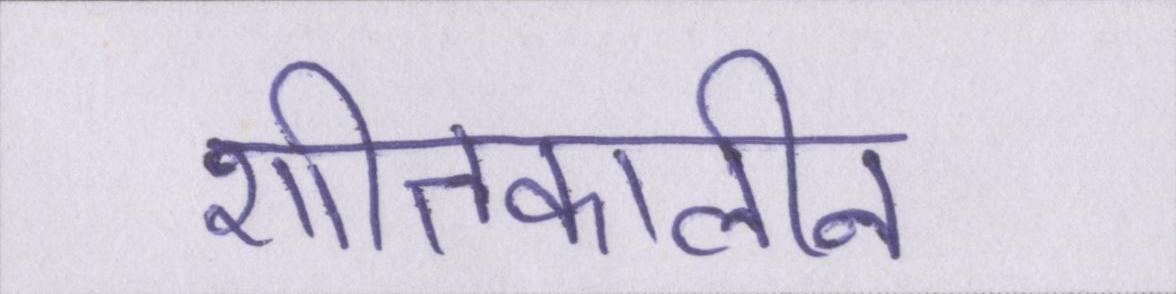
शीतकालीन